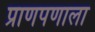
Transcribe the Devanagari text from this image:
प्राणपणाला